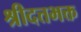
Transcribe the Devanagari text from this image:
श्रीदत्तभक्त